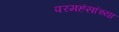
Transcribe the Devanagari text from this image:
परमहंसांच्या